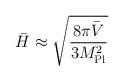
LaTeX: \begin{align*}\bar H \approx \sqrt{8\pi \bar V \over 3 M_{\rm Pl}^2}\end{align*}